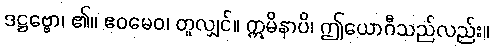
ဒဋ္ဌဗ္ဗော၊ ၏။ ဧဝမေဝ၊ တူလျှင်။ ဣမိနာပိ၊ ဤယောဂီသည်လည်း။